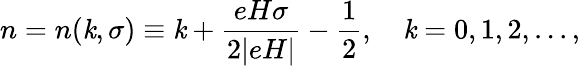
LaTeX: n=n(\mathit{k},\sigma)\equiv\mathit{k}+\frac{{eH\sigma}}{{2|eH|}}-\frac{{1}}{{2}},~~~~\mathit{k}=0,1,2,...,